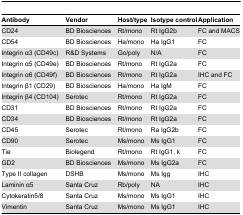
<table><thead><tr><td><b>Antibody</b></td><td><b>Vendor</b></td><td><b>Host/type</b></td><td><b>Isotype control</b></td><td><b>Application</b></td></tr></thead><tbody><tr><td>CD24</td><td>BD Biosciences</td><td>Rt/mono</td><td>Rt IgG2b</td><td>FC and MACS</td></tr><tr><td>CD54</td><td>BD Biosciences</td><td>Ha/mono</td><td>Ha IgG1</td><td>FC</td></tr><tr><td>Integrin α3 (CD49c)</td><td>R&amp;D Systems</td><td>Go/poly</td><td>N/A</td><td>FC</td></tr><tr><td>Integrin α5 (CD49e)</td><td>BD Biosciences</td><td>Rt/mono</td><td>Rt IgG2a</td><td>FC</td></tr><tr><td>Integrin α6 (CD49f)</td><td>BD Biosciences</td><td>Rt/mono</td><td>Rt IgG2a</td><td>IHC and FC</td></tr><tr><td>Integrin β1 (CD29)</td><td>BD Biosciences</td><td>Ha/mono</td><td>Ha IgM</td><td>FC</td></tr><tr><td>Integrin β4 (CD104)</td><td>Serotec</td><td>Rt/mono</td><td>Rt IgG2a</td><td>FC</td></tr><tr><td>CD31</td><td>BD Biosciences</td><td>Rt/mono</td><td>Rt IgG2a</td><td>FC</td></tr><tr><td>CD34</td><td>BD Biosciences</td><td>Rt/mono</td><td>Rt IgG2a</td><td>FC</td></tr><tr><td>CD45</td><td>Serotec</td><td>Rt/mono</td><td>Ra IgG2b</td><td>FC</td></tr><tr><td>CD90</td><td>Serotec</td><td>Ms/mono</td><td>Ms IgG1</td><td>FC</td></tr><tr><td>Tie</td><td>Biolegend</td><td>Rt/mono</td><td>Rt IgG1, k</td><td>FC</td></tr><tr><td>GD2</td><td>BD Biosciences</td><td>Ms/mono</td><td>Ms IgG2a</td><td>FC</td></tr><tr><td>Type II collagen</td><td>DSHB</td><td>Ms/mono</td><td>Ms Igg</td><td>IHC</td></tr><tr><td>Laminin α5</td><td>Santa Cruz</td><td>Rb/poly</td><td>NA</td><td>IHC</td></tr><tr><td>Cytokeratin5/8</td><td>Santa Cruz</td><td>Ms/mono</td><td>Ms IgG1</td><td>IHC</td></tr><tr><td>Vimentin</td><td>Santa Cruz</td><td>Ms/mono</td><td>Ms IgG1</td><td>IHC</td></tr></tbody></table>